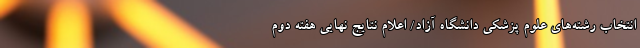
انتخاب رشته‌های علوم پزشکی دانشگاه آزاد/ اعلام نتایج نهایی هفته دوم